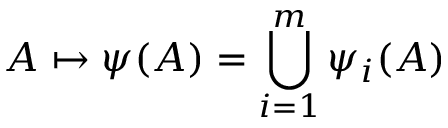
A \mapsto \psi ( A ) = \bigcup _ { i = 1 } ^ { m } \psi _ { i } ( A )